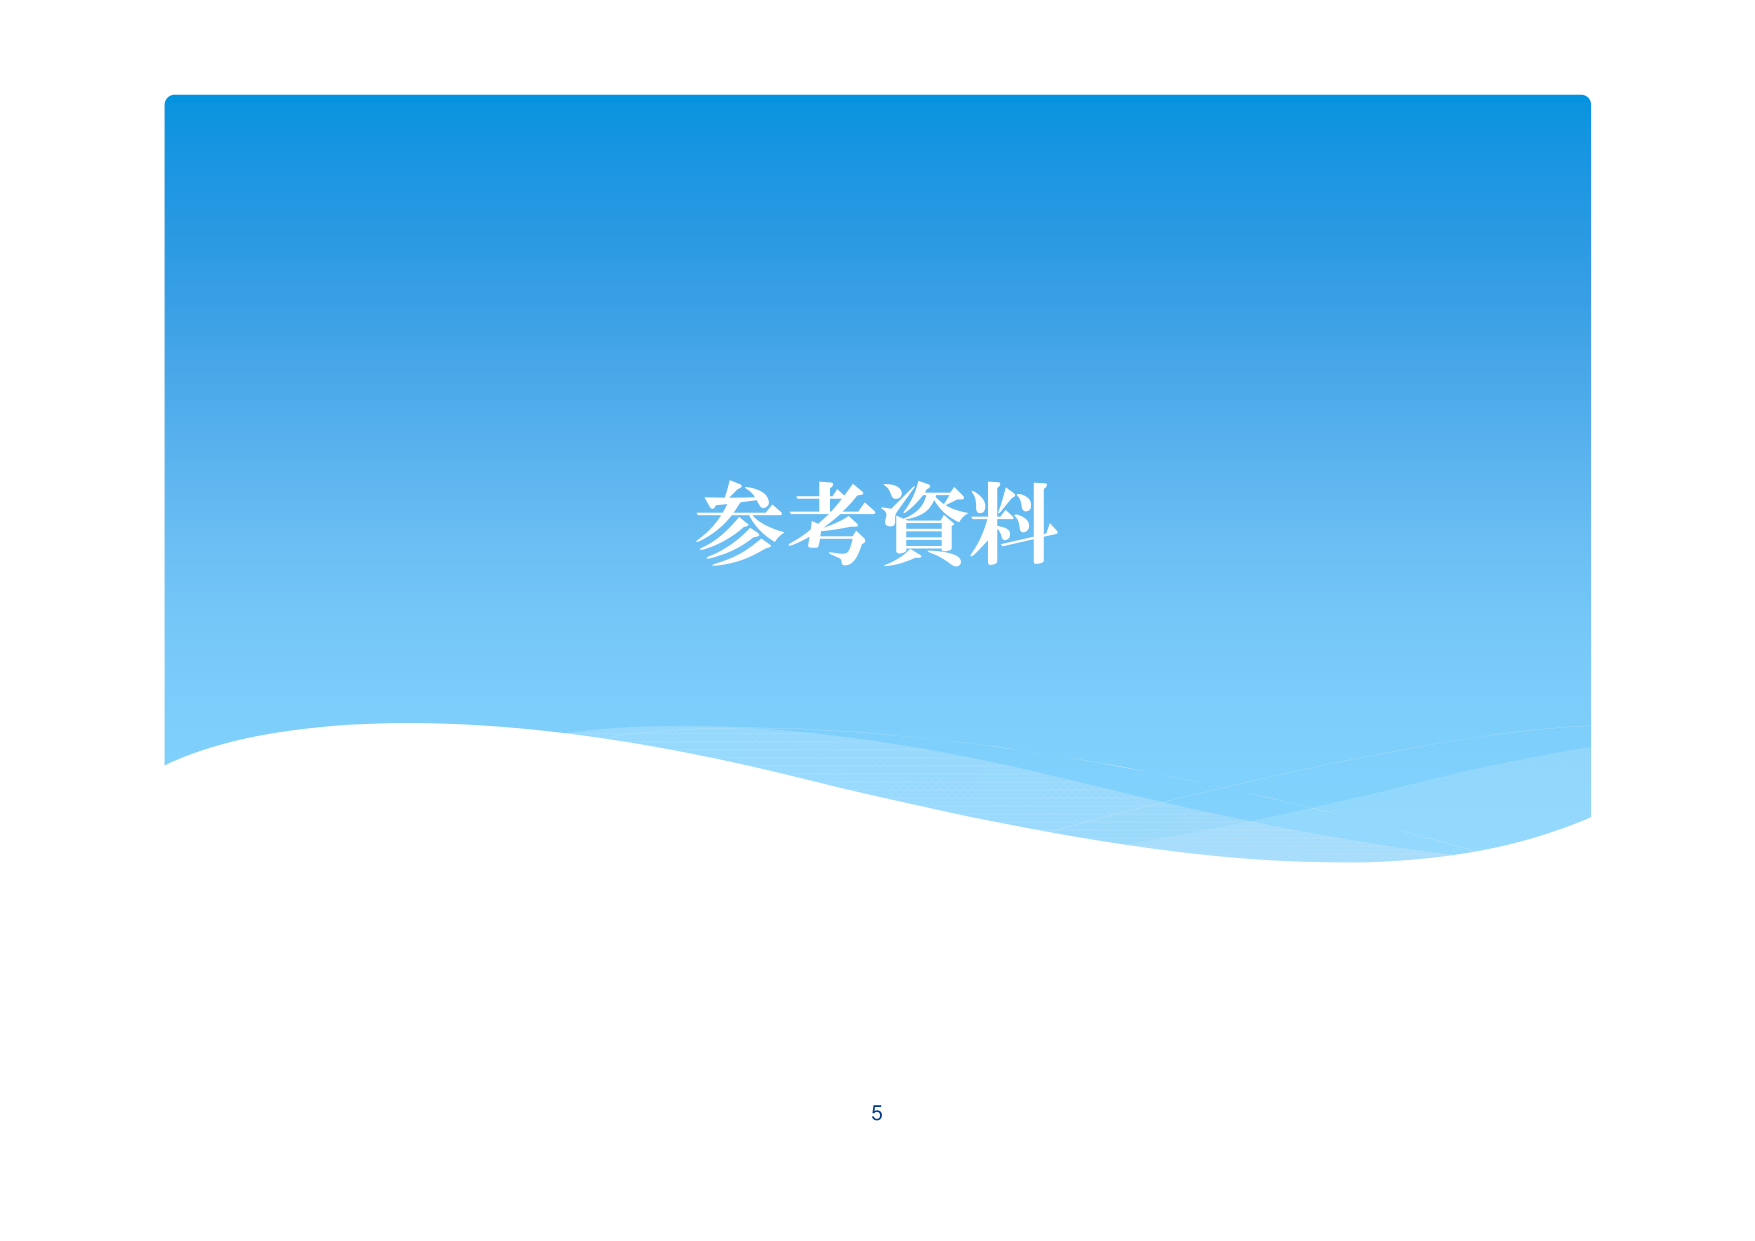
参考资料
5